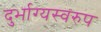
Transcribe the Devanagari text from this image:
दुर्भाग्यस्वरुप